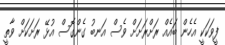
ފީވަކަކީ އެހެން ބައެއް ރަށްރަށަށް ވެސް އަނބު ގެންގޮސް އުޅޭ ރަށަކަށް ވާތީ